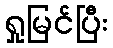
ရှုမြင်ပြီး